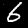
Label: 6